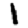
Digit: 1